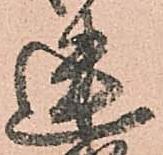
迷